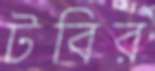
টবির